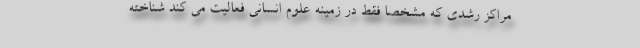
مراکز رشدی که مشخصا فقط در زمینه علوم انسانی فعالیت می کند شناخته